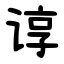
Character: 谆